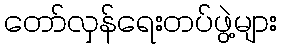
တော်လှန်ရေးတပ်ဖွဲ့များ